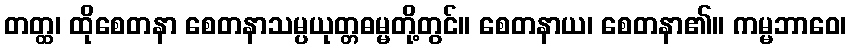
တတ္ထ၊ ထိုစေတနာ စေတနာသမ္ပယုတ္တဓမ္မတို့တွင်။ စေတနာယ၊ စေတနာ၏။ ကမ္မဘာဝေ၊